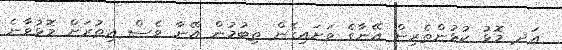
އަދ މޮޅު ކުޅުންތެރިން އޭނާގެ ވަށައިގެން ތިބުމުން އޭނާ ވެސް އިތުރަށް މޮޅުވާނެ